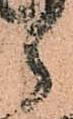
郎